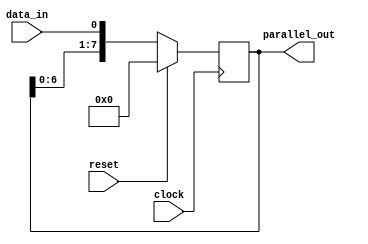
module SIPO_shift_register (
    input wire clock,
    input wire reset,
    input wire data_in,
    output reg [7:0] parallel_out
);

reg [7:0] shift_register;

always @(posedge clock) begin
    if (reset)
        shift_register <= 8'b00000000;
    else begin
        shift_register <= {shift_register[6:0], data_in};
    end
end

assign parallel_out = shift_register;

endmodule